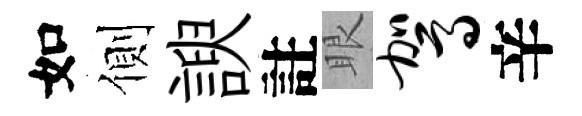
如側諛註眼驾辛